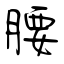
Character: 腰